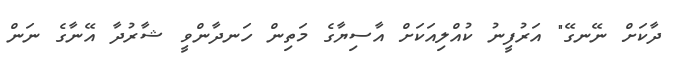
ދާކަށް ނޭނގޭ" އަރުފީނު ކުއްލިއަކަށް އާސިޔާގެ މަތިން ހަނދާންވީ ޝާރުދާ އޭނާގެ ނަން